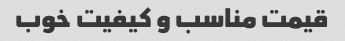
قیمت مناسب و کیفیت خوب